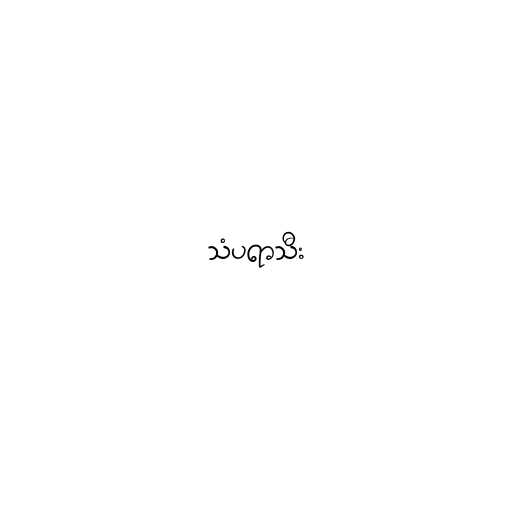
သံပရာသီး